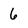
Character: 6